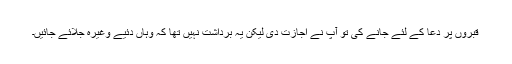
قبروں پر دعا کے لئے جانے کی تو آپؐ نے اجازت دی لیکن یہ برداشت نہیں تھا کہ وہاں دئیے وغیرہ جلائے جائیں۔